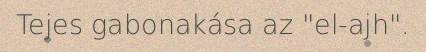
Tejes gabonakása az "el-ajh".